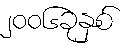
၂၀၀၆ခုနှစ်